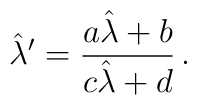
\hat{\lambda}^{\prime} = \frac{a\hat{\lambda} +b}{c\hat{\lambda} +d}\, .